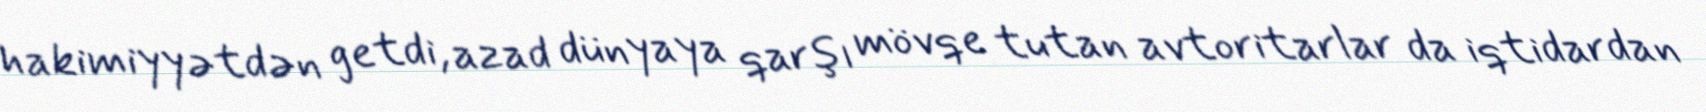
hakimiyyətdən getdi, azad dünyaya qarşı mövqe tutan avtoritarlar da iqtidardan